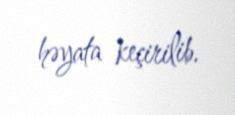
həyata keçirilib.